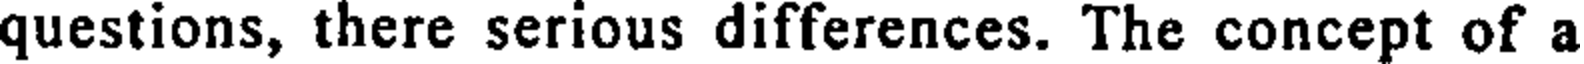
questions, there serious differences. The concept of a